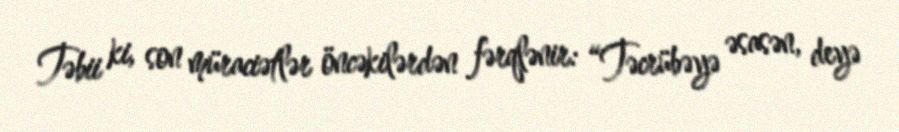
Təbii ki, son müraciətlər öncəkilərdən fərqlənir: “Təcrübəyə əsasən, deyə